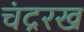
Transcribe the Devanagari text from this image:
चंद्ररख